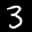
Label: 3